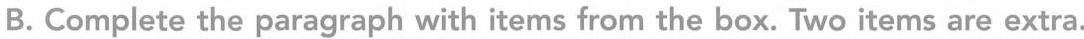
B. Complete the paragraph with items from the box. Two items are extra.